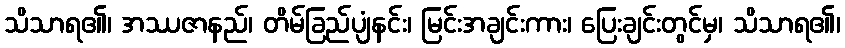
သိသာရ၏၊ အဿဇာနည်၊ တိမ်ခြည်ပျံနင်း၊ မြင်းအချင်းကား၊ ပြေးချင်းတွင်မှ၊ သိသာရ၏၊